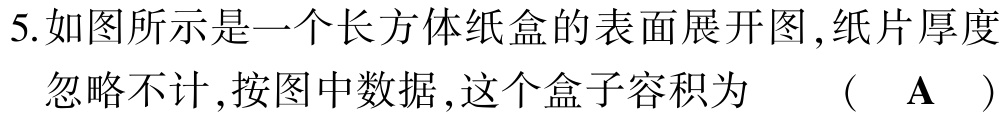
5.如图所示是一个长方体纸盒的表面展开图,纸片厚度

忽略不计,按图中数据,这个盒子容积为 （ A ）